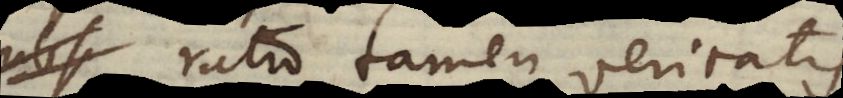
ratio tamen veritatis